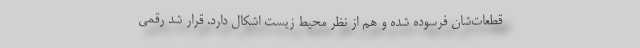
قطعات‌شان فرسوده شده و هم از نظر محیط زیست اشکال دارد. قرار شد رقمی